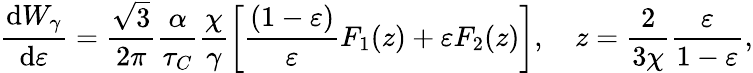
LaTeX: \frac{\mathrm{d}W_{\gamma}}{\mathrm{d}\varepsilon}=\frac{\sqrt{3}}{2\pi}\frac{\alpha}{\tau_{C}}\frac{\chi}{\gamma}\left[\frac{(1-\varepsilon)}{\varepsilon}F_{1}(z)+\varepsilon F_{2}(z)\right],\quad z=\frac{2}{3\chi}\frac{\varepsilon}{1-\varepsilon},